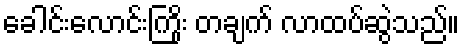
ခေါင်းလောင်းကြိုး တချက် လာထပ်ဆွဲသည်။